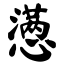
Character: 懑